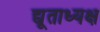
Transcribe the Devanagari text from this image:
द्यूताध्यक्ष